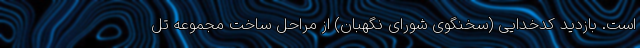
است. بازدید کدخدایی (سخنگوی شورای نگهبان) از مراحل ساخت مجموعه تل